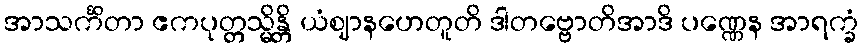
အာသင်္ကိတာ ဧကပုတ္တသ္မိန္တိ ယံဈာနဟေတူတိ ဒါတဗ္ဗောတိအာဒိ ပဏ္ဏေန အာရက္ခံ